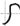
Text: S